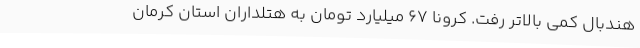
هندبال کمی بالاتر رفت. کرونا 67 میلیارد تومان به هتلداران استان کرمان